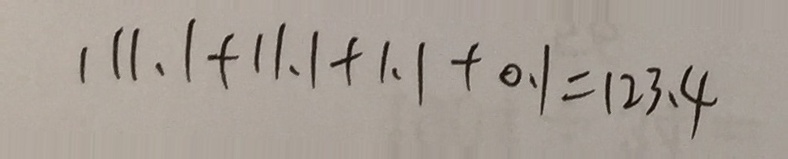
1 1 1 . 1 + 1 1 . 1 + 1 . 1 + 0 . 1 = 1 2 3 . 4